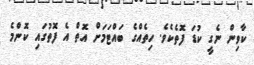
ކާވިން ނެގީ ކުޑަ ފޮތެކެވެ. ހިތެއްގެ ބައްޓަމަށް އޮތް އެ ފޮތުގައި ކޮންމެ